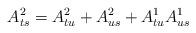
LaTeX: \begin{align*}A^2_{ts} =A^2_{tu}+ A^2_{us} + A^{1}_{tu}A^{1}_{us}\end{align*}